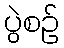
ပွဲစဉ်